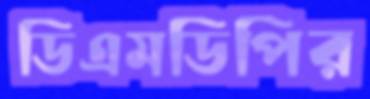
ডিএমডিপির